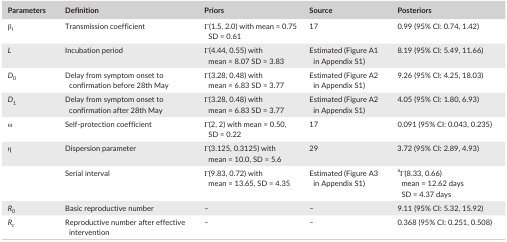
<table><thead><tr><td><b>Parameters</b></td><td><b>Definition</b></td><td><b>Priors</b></td><td><b>Source</b></td><td><b>Posteriors</b></td></tr></thead><tbody><tr><td>β<sub>I</sub></td><td>Transmission coefficient</td><td>Γ(1.5, 2.0) with mean = 0.75 SD = 0.61</td><td>17</td><td>0.99 (95% CI: 0.74, 1.42)</td></tr><tr><td><i>L</i></td><td>Incubation period</td><td>Γ(4.44, 0.55) with mean = 8.07 SD = 3.83</td><td>Estimated (Figure A1 in Appendix S1)</td><td>8.19 (95% CI: 5.49, 11.66)</td></tr><tr><td><i>D</i><sub>0</sub></td><td>Delay from symptom onset to confirmation before 28th May</td><td>Γ(3.28, 0.48) with mean = 6.83 SD = 3.77</td><td>Estimated (Figure A2 in Appendix S1)</td><td>9.26 (95% CI: 4.25, 18.03)</td></tr><tr><td><i>D</i><sub>1</sub></td><td>Delay from symptom onset to confirmation after 28th May</td><td>Γ(3.28, 0.48) with mean = 6.83 SD = 3.77</td><td>Estimated (Figure A2 in Appendix S1)</td><td>4.05 (95% CI: 1.80, 6.93)</td></tr><tr><td>ω</td><td>Self‐protection coefficient</td><td>Γ(2, 2) with mean = 0.50, SD = 0.22</td><td>17</td><td>0.091 (95% CI: 0.043, 0.235)</td></tr><tr><td>η</td><td>Dispersion parameter</td><td>Γ(3.125, 0.3125) with mean = 10.0, SD = 5.6</td><td>29</td><td>3.72 (95% CI: 2.89, 4.93)</td></tr><tr><td></td><td>Serial interval</td><td>Γ(9.83, 0.72) with mean = 13.65, SD = 4.35</td><td>Estimated (Figure A3 in Appendix S1)</td><td>aΓ(8.33, 0.66) mean = 12.62 days SD = 4.37 days</td></tr><tr><td><i>R</i><sub>0</sub></td><td>Basic reproductive number</td><td>–</td><td>–</td><td>9.11 (95% CI: 5.32, 15.92)</td></tr><tr><td><i>R</i><sub>c</sub></td><td>Reproductive number after effective intervention</td><td>–</td><td>–</td><td>0.368 (95% CI: 0.251, 0.508)</td></tr></tbody></table>